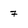
Character: 7